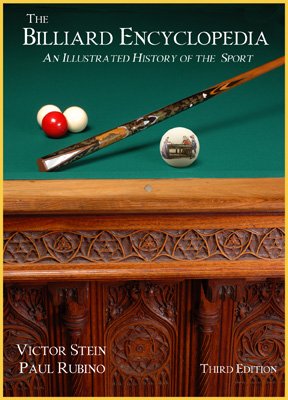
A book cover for The Billiard Encyclopedia, 3rd Edition - An Illustrated History of the Sport; Victor Stein; Sports & Outdoors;